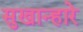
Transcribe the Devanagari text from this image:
सुखान्हारे